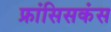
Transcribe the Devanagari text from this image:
फ्रांसिसकंस